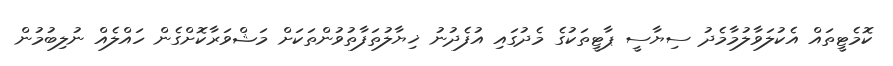
ކޮމެޓީތައް އެކުލަވާލުމާމެދު ސިޔާސީ ޕާޓީތަކުގެ މެދުގައި އުފެދުނު ޚިޔާލުތަފާތުވުންތަކަށް މަޝްވަރާކޮށްގެން ހައްލެއް ނުލިބުމުން